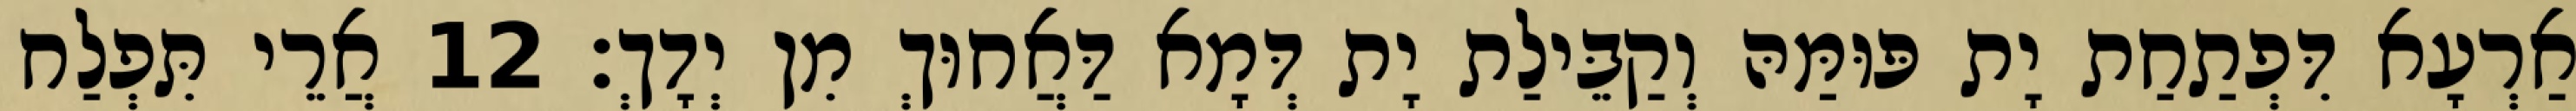
אַרְעָא דִּפְתַחַת יָת פּוּמַּהּ וְקַבֵּילַת יָת דְּמָא דַּאֲחוּךְ מִן יְדָךְ׃ 12 אֲרֵי תִּפְלַח